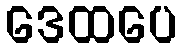
ဒေထပေ